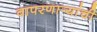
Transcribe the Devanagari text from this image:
वापरणार्‍यांची